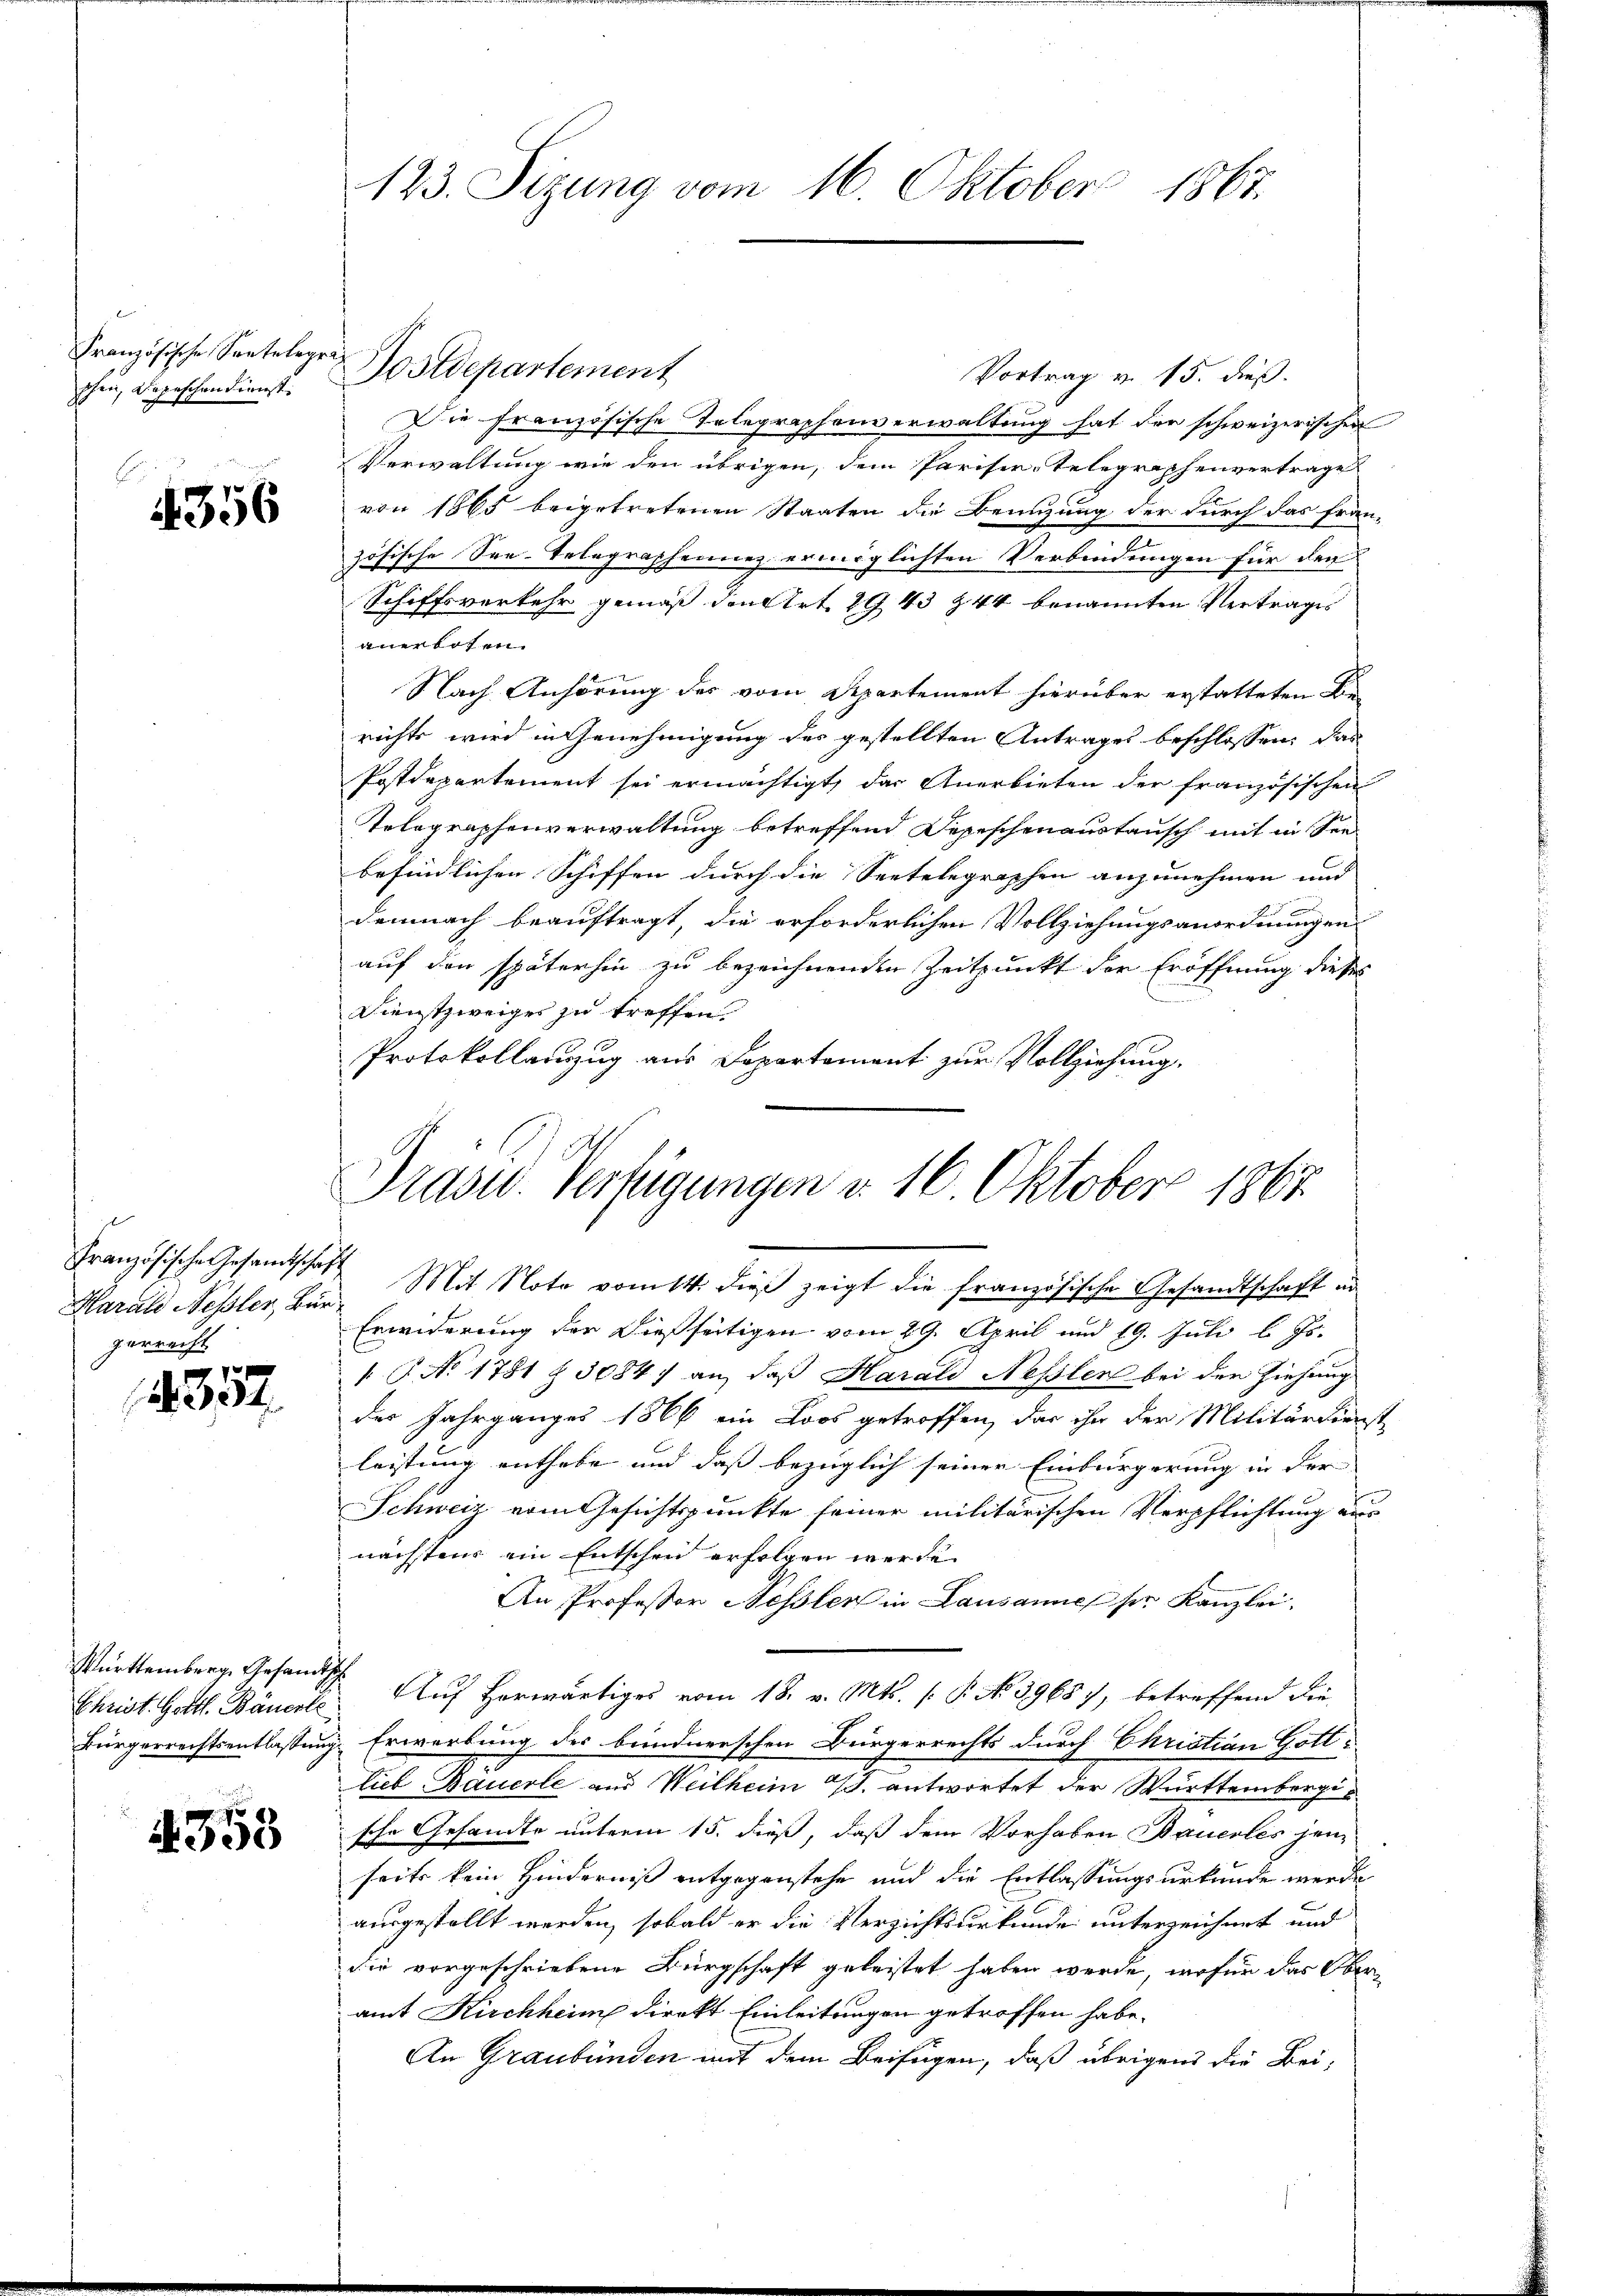
Französische Sentelegrap
schen, Depeschen dienst.

E
4356

Französische Gesandtschaft
gerrecht.

357

Württemberg. Gesandtsch

1358

123. Sizung vom 16. Oktober 1867.

Postdepartement
Vortrag v. 15. dieß.
Die französische Telegraphenverwaltung hat der schweizerischen
Verwaltung wie den übrigen, dem Pariser-Telegraphenvertrage
von 1865 beigetretenen Staaten die Benuzung der durch das Fran-
zösische See-Telegraphennez ermöglichten Verbindungen für den
Schiffsverkehr gemäß den Art. 2943 & 44 benannten Vertrages
anerboten.
Nach Anhörung des vom Departement hierüber erstatteten Be-
richts wird in Genehmigung des gestellten Antrages beschlossen, das
Postdepartement sei ermächtigt, das Anerbieten der französischen
Telegraphenverwaltung betreffend Diseschenaustausch mit in See
befindlichen Schiffen durch die Seetelegraphen anzunehmen und
demnach beauftragt, die erforderlichen Vollziehungsanordnungen
auf den späterhin zu bezeichnenden Zeitpunkt der Eröffnung dieses
Dienstzweiges zu treffen.
Protokollanzzug aus Departement zur Vollziehung.

Präsid. Verfügungen v. 16. Oktober 1867.

Harale Nessler, Bar. Mit Note vom 14. dieß zeigt die französische Gesandtschaft in
Erwiderung der dießseitigen vom 29. April und 19. Juli l. Js.
 P. No. 1781 § 3084) an, daß Harald Nesslen bei den Ziehung
des Jahrganges 1866 ein Loos getroffen, das ihn der Militärdienst
leistung enthebe und daß bezüglich seiner Einbürgerung in der
Schweiz vom Gesichtspunkte seiner militärischen Verpflichtung aus
nächstens ein Entschen erfolgen werde.
An Professor Nessler in Lausannes sie Kanzlei.
Christ. Gottl. Bancele Auf herwärtiges vom 18. v. Mts. (: P. No. 39687, betreffend die
Bürgerrechtsentlaßung. Erwerbung des bündnerschen Bürgerrechts durch Christian Gott
lieb Bauerle aus Weilheim J. antwortet der Württembergische Gesandte unterm 15. dieß, daß dem Vorhaben Bauerles jene
seits kein Hinderniß entgegenstehe und die Entlassungsurkunde werde
ausgestellt werden, sobald er die Verzichtsurkunde unterzeichnet und
die vorgeschriebene Bürgschaft geleistet haben werde, wofür das Oberamt Kirchheim direkt Einleitungen getroffen habe.
An Graubünden mit dem Beifügen, daß übrigens die Bei-